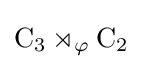
\mathrm {C} _{3}\rtimes _{\varphi }\mathrm {C} _{2}